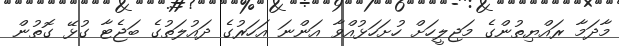
މާދަމާ ރައްޔިތުންގެ މަޖިލީހަށް ހުށަހަޅުއްވާ އަންނަ އަހަރުގެ ދައުލަތުގެ ބަޖެޓާ ގުޅޭ ގޮތުން